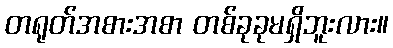
တရုတ်အစားအစာ တစ်ခုခုမရှိဘူးလား။